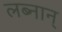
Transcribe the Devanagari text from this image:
लब्नान्